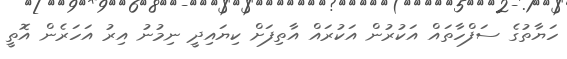
ހަޔާތުގެ ސަފްހާތައް އަކުރުން އަކުރައް އާތިފަށް ކިޔައިދީ ނިމުނު އިރު އަހަރެން އޮތީ